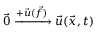
\vec { 0 } \xrightarrow { + \Vec { u } ( \Vec { f } ) } \Vec { u } ( \Vec { x } , t )